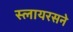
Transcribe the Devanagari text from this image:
स्लायरसने